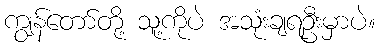
ကျွန်တော်တို့ သူ့ကိုပဲ အသုံးချရဦးမှာပဲ။